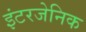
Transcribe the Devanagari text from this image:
इंटरजेनिक